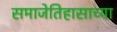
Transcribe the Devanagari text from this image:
समाजेतिहासाच्या